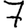
Digit: 7